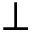
\perp